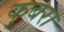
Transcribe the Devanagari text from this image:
कुबरा